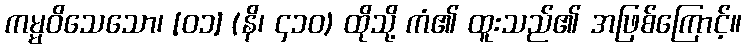
ကမ္မဝိသေသော၊ [၀၁] (နိ၊ ၄၁၀) ထိုသို့ ကံ၏ ထူးသည်၏ အဖြစ်ကြောင့်။